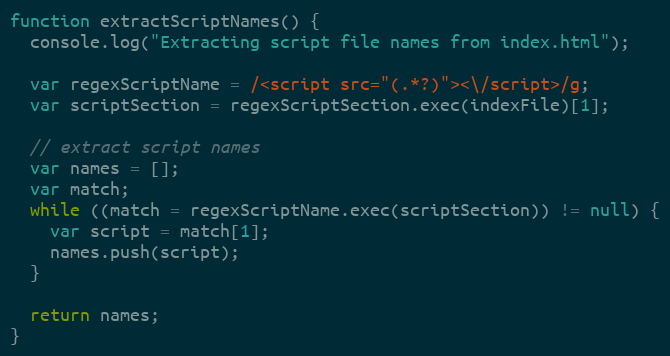
Language: JavaScript
function extractScriptNames() {
  console.log("Extracting script file names from index.html");

  var regexScriptName = /<script src="(.*?)"><\/script>/g;
  var scriptSection = regexScriptSection.exec(indexFile)[1];

  // extract script names
  var names = [];
  var match;
  while ((match = regexScriptName.exec(scriptSection)) != null) {
    var script = match[1];
    names.push(script);
  }

  return names;
}